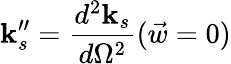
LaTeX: \mathbf{k}_{s}^{\prime\prime}=\frac{{d^{2}\mathbf{k}_{s}}}{{d\Omega^{2}}}(\vec{{w}}=0)